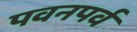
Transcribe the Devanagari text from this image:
पवनपर्व